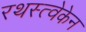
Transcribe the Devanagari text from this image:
रथस्त्वेकेन